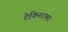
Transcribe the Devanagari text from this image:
टेक्निरामा